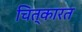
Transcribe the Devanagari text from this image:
चित्कारत